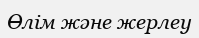
Өлім және жерлеу